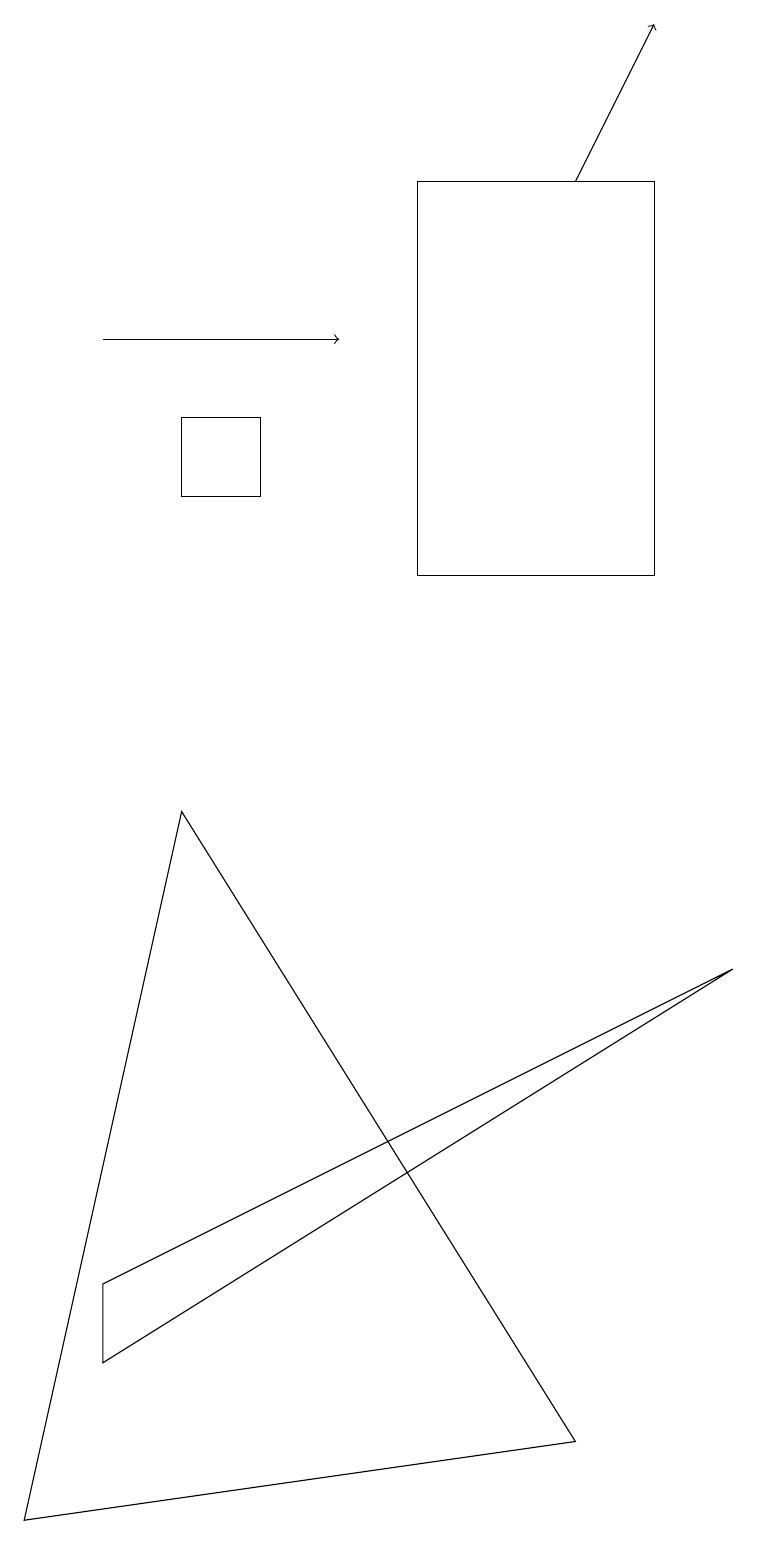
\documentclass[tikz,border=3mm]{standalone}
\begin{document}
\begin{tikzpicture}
\draw (2,9) -- (7,1) -- (0,0) -- cycle;
\draw (5,12) rectangle (8,17);
\draw (9,7) -- (1,3) -- (1,2) -- cycle;
\draw[->] (7,17) -- (8,19);
\draw[->] (1,15) -- (4,15);
\draw (3,14) rectangle (2,13);
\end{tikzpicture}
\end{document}